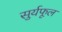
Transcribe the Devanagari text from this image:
सुर्यफूल